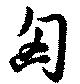
匃